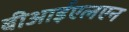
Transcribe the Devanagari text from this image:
बीआईएलएन